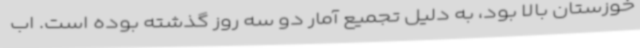
خوزستان بالا بود، به دلیل تجمیع آمار دو سه روز گذشته بوده است. اب